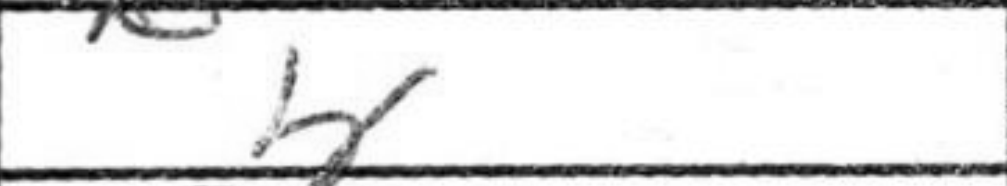
Transcription: b6